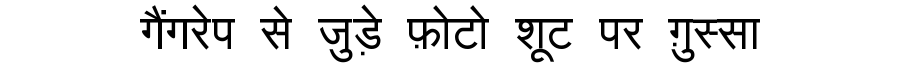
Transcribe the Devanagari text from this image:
गैंगरेप से जुड़े फ़ोटो शूट पर ग़ुस्सा